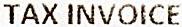
TAX INVOICE